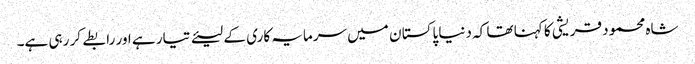
شاہ محمود قریشی کا کہنا تھا کہ دنیا پاکستا ن میں سرمایہ کاری کے لیئے تیار ہے اور رابطے کر رہی ہے۔